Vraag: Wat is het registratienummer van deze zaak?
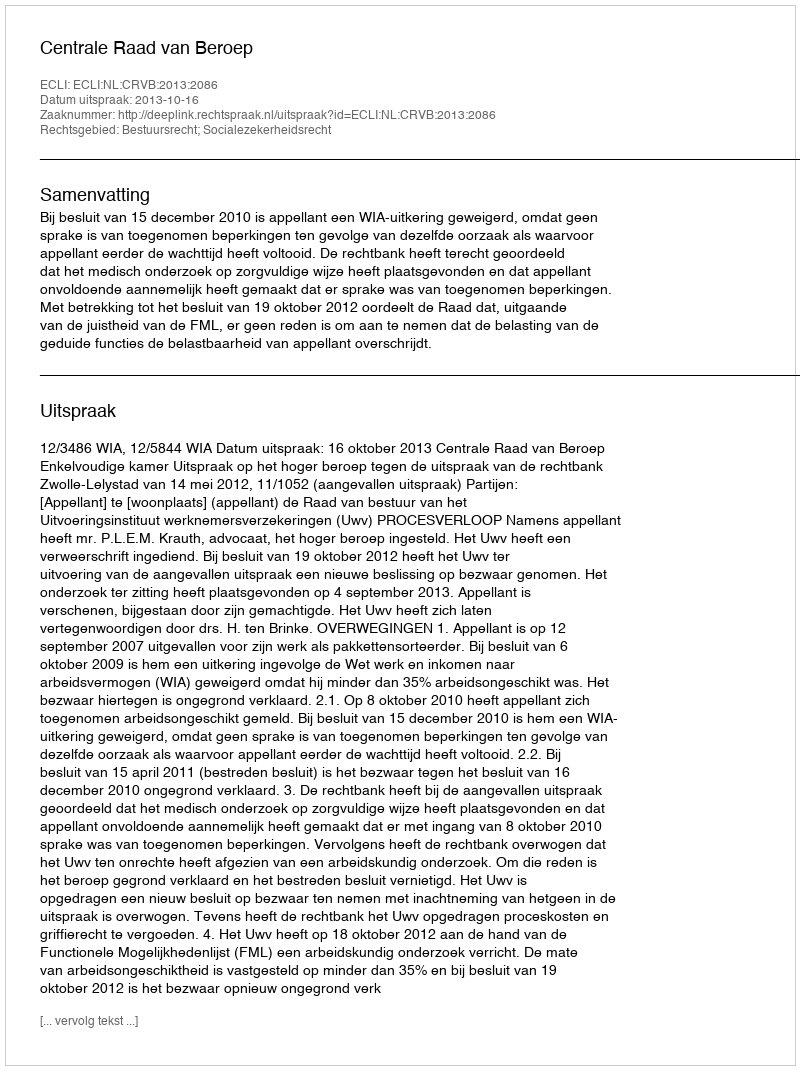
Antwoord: http://deeplink.rechtspraak.nl/uitspraak?id=ECLI:NL:CRVB:2013:2086